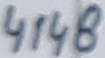
Text: 4148